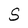
Character: S